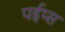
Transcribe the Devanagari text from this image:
पईप्स